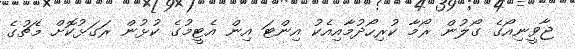
ޖާވީނިއޯގެ ގޯލުން ރޯމާ ކުރިހޯދުމާއިއެކު އިންޓަ އިން އެޓީމުގެ ކުޅުން ރަގަޅުކޮށް މެޗުގެ